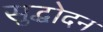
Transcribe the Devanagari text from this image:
सुद्धोदन